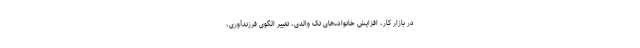
در بازار کار، افزایش خانواده‌های تک والدی، تغییر الگوی فرزندآوری،